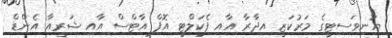
ޔުނިވަސިޓީގެ މަރުކަޒީ އިދާރާ އާއި ފެކަލްޓީ އޮފް އާޓްސް އާއި ޝަރީއާ އެންޑް